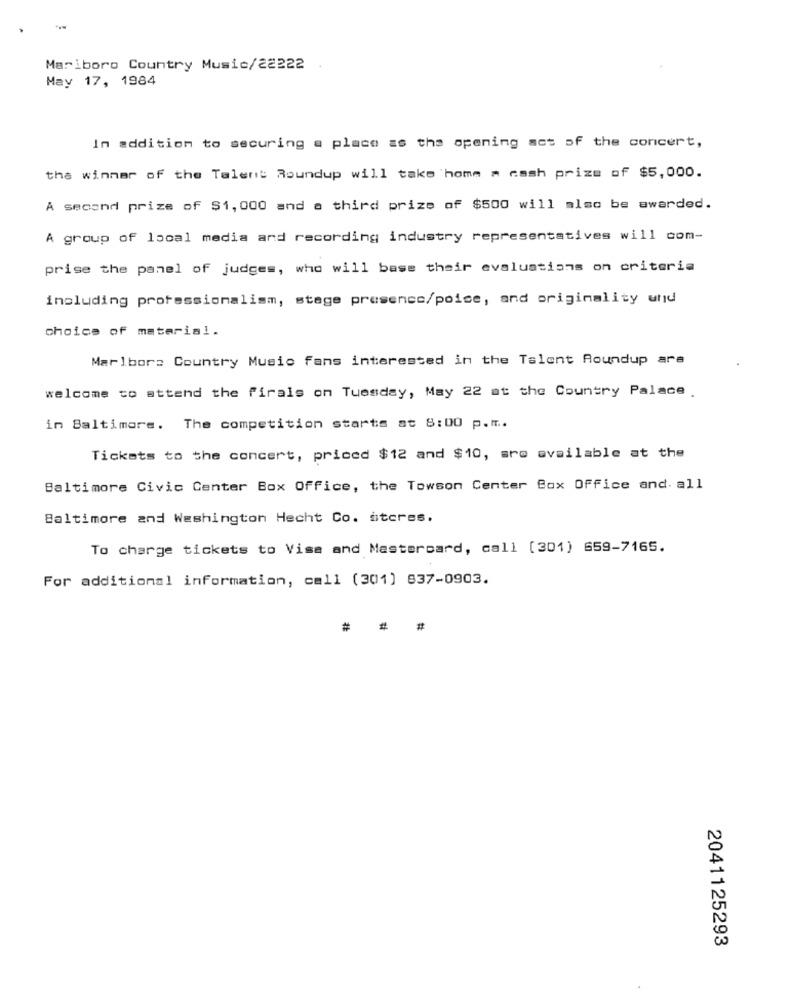
Mariboro Country Music/22222
May 17, 1984
In addition to securing a place as the opening act of the concert,
the winner of the Talent Roundup will take home # cash prize of $5,000.
A second prize of $1, 000 and a third prize of $500 will also be awarded.
A group of local media and recording industry representatives will com-
prise the panel of judges, who will base their evaluations on criteria
including professionalism, stage presence/poise, and originality und
choice of material.
Marlbor: Country Music fans interested in the Talent Roundup are
welcome to attend the firals on Tuesday, May 22 at the Country Palace .
in Baltimore. The competition starts at 8:00 p.m ..
Tickets to the concert, priced $12 and $10, are available at the
Baltimore Civic Center Box Office, the Towson Center Box Office and. all
Baltimore and Washington Hecht Co. itcres.
To charge tickets to Visa and Mastercard, call [301) 659-7165.
For additional information, call (301) 837-0903.
###
2041125293